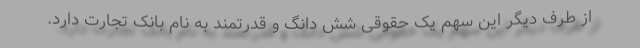
از طرف دیگر این سهم یک حقوقی شش دانگ و قدرتمند به نام بانک تجارت دارد.